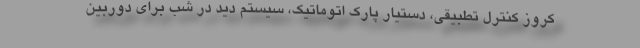
کروز کنترل تطبیقی، دستیار پارک اتوماتیک، سیستم دید در شب برای دوربین